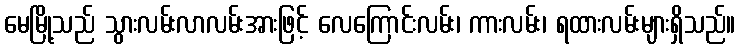
မေမြို့သည် သွားလမ်းလာလမ်းအားဖြင့် လေကြောင်းလမ်း၊ ကားလမ်း၊ ရထားလမ်းများရှိသည်။